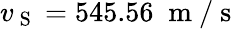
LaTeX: v_{\mathrm{~S~}}=545.56\; \mathrm{~m~}/\mathrm{~s~}